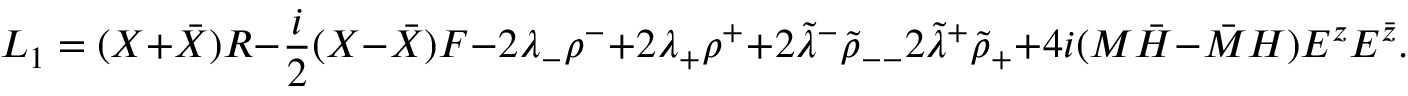
{ \cal L } _ { 1 } = ( X + \bar { X } ) R - { \frac { i } { 2 } } ( X - \bar { X } ) F - 2 \lambda _ { - } \rho ^ { - } + 2 \lambda _ { + } \rho ^ { + } + 2 \tilde { \lambda } ^ { - } { \tilde { \rho } } _ { -- } 2 \tilde { \lambda } ^ { + } { \tilde { \rho } } _ { + } + 4 i ( M \bar { H } - \bar { M } H ) E ^ { z } E ^ { \bar { z } } .